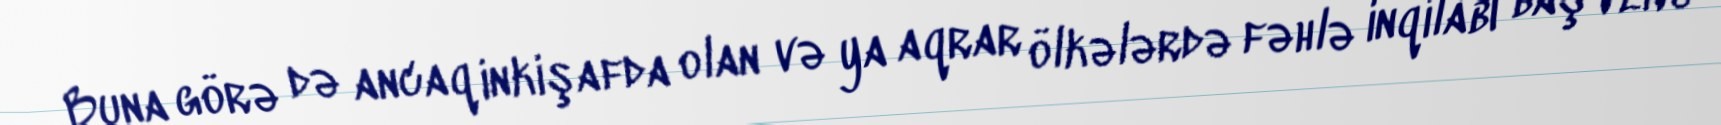
Buna görə də ancaq inkişafda olan və ya aqrar ölkələrdə fəhlə inqilabı baş verə